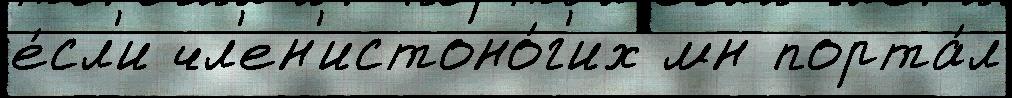
е́сл'и чл'ен'истоно́г'их мн порта́л